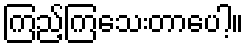
ကြည့်ကြသေးတာပေါ့။